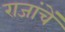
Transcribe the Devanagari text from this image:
राजांचें